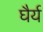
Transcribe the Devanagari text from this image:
घैर्य